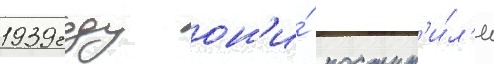
1939 году он'и́ поступ'и́л'и